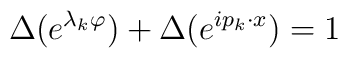
\Delta(e^{\lambda_{k}\varphi}) + \Delta(e^{ip_{k} \cdot x}) = 1